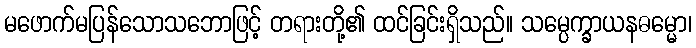
မဖောက်မပြန်သောသဘောဖြင့် တရားတို့၏ ထင်ခြင်းရှိသည်။ သမ္ပေက္ခာယနဓမ္မော၊